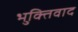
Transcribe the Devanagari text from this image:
भुक्तिवाद